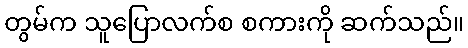
တွမ်က သူပြောလက်စ စကားကို ဆက်သည်။